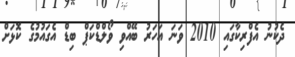
ދެކުނު އެފްރިކާގައި 2010 ވަނަ އަހަރު ބޭއްވި ވޯލްޑްކަޕް ބިޑް އެގައުމުގެ ކޮޅަށް